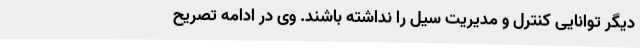
دیگر توانایی کنترل و مدیریت سیل را نداشته باشند. وی در ادامه تصریح